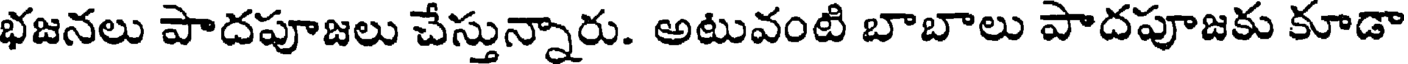
భజనలు పాదపూజలు చేస్తున్నారు. అటువంటి బాబాలు పాదపూజకు కూడా